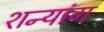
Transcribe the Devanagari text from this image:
शन्यांग